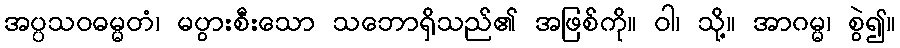
အပ္ပသဝဓမ္မတံ၊ မပွားစီးသော သဘောရှိသည်၏ အဖြစ်ကို။ ဝါ၊ သို့။ အာဂမ္မ၊ စွဲ၍။